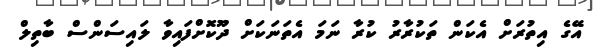
އޭގެ އިތުރަށް އެކަން ތަކުރާރު ކުރާ ނަމަ އެތަނަކަށް ދޫކޮށްފައިވާ ލައިސަންސް ބާތިލް